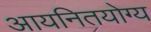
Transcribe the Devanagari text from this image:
आयनितयोग्य